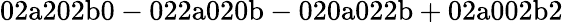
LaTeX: \mathrm{02a202b0-022a020b-020a022b+02a002b2}